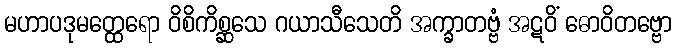
မဟာပဒုမတ္ထေရော ဝိစိကိစ္ဆသေ ဂယာသီသေတိ အက္ခာတဗ္ဗံ အဋဝိံ ဓောဝိတဗ္ဗော